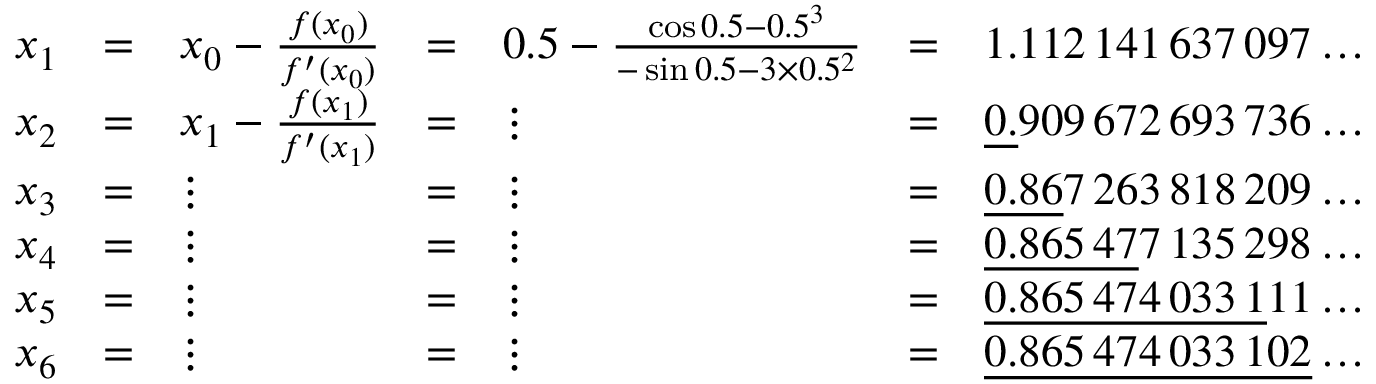
{ \begin{array} { l l l l l l l } { x _ { 1 } } & { = } & { x _ { 0 } - { \frac { f ( x _ { 0 } ) } { f ^ { \prime } ( x _ { 0 } ) } } } & { = } & { 0 . 5 - { \frac { \cos 0 . 5 - 0 . 5 ^ { 3 } } { - \sin 0 . 5 - 3 \times 0 . 5 ^ { 2 } } } } & { = } & { 1 . 1 1 2 \, 1 4 1 \, 6 3 7 \, 0 9 7 \dots } \\ { x _ { 2 } } & { = } & { x _ { 1 } - { \frac { f ( x _ { 1 } ) } { f ^ { \prime } ( x _ { 1 } ) } } } & { = } & { \vdots } & { = } & { { \underline { { 0 . } } } 9 0 9 \, 6 7 2 \, 6 9 3 \, 7 3 6 \dots } \\ { x _ { 3 } } & { = } & { \vdots } & { = } & { \vdots } & { = } & { { \underline { { 0 . 8 6 } } } 7 \, 2 6 3 \, 8 1 8 \, 2 0 9 \dots } \\ { x _ { 4 } } & { = } & { \vdots } & { = } & { \vdots } & { = } & { { \underline { { 0 . 8 6 5 \, 4 7 } } } 7 \, 1 3 5 \, 2 9 8 \dots } \\ { x _ { 5 } } & { = } & { \vdots } & { = } & { \vdots } & { = } & { { \underline { { 0 . 8 6 5 \, 4 7 4 \, 0 3 3 \, 1 } } } 1 1 \dots } \\ { x _ { 6 } } & { = } & { \vdots } & { = } & { \vdots } & { = } & { { \underline { { 0 . 8 6 5 \, 4 7 4 \, 0 3 3 \, 1 0 2 } } } \dots } \end{array} }